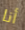
أنا